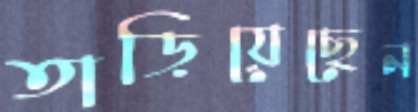
তাড়িয়েছেন